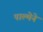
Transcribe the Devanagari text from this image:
पाल्मेने